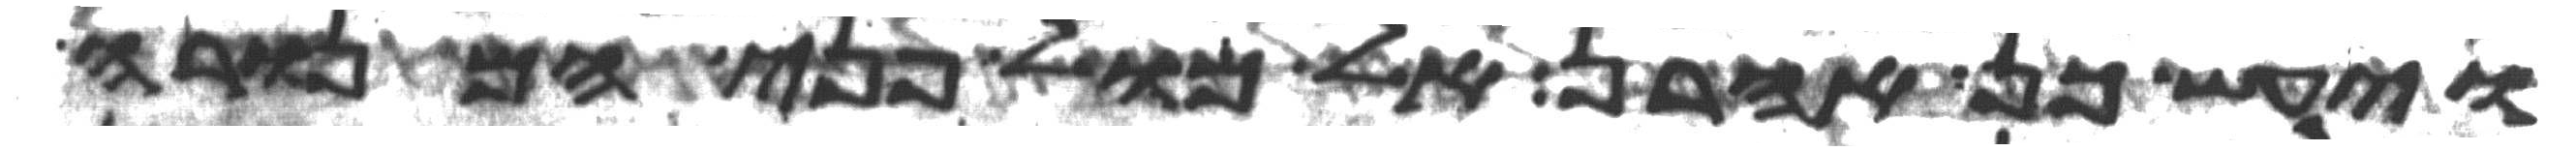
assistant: ויעש כן אהרן אל מול פני המנורה